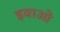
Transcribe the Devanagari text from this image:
इवाओ